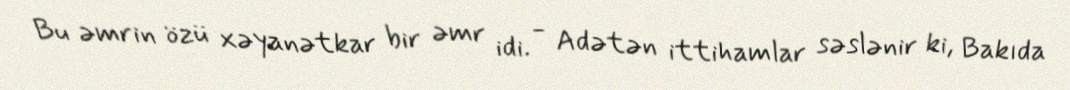
Bu əmrin özü xəyanətkar bir əmr idi. - Adətən ittihamlar səslənir ki, Bakıda